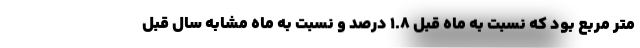
متر مربع بود که نسبت به ماه قبل ۱.۸ درصد و نسبت به ماه مشابه سال قبل